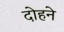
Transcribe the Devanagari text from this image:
दोहने